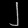
Digit: ၂